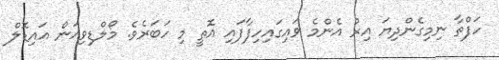
ހަފްތާ ނިމިގެންދިޔަ އިރު އެންމެ ވައިގައިހިފާފައި އޮތީ މި ހަބަރެވެ. މޯލްޑިވިއަން އައިޑޮލް